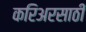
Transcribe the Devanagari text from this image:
करिअरसाठी